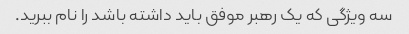
سه ویژگی که یک رهبر موفق باید داشته باشد را نام ببرید.